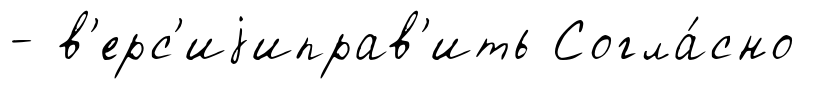
- в'ерс'иjиправ'ить Согла́сно